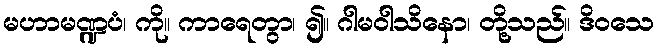
မဟာမဏ္ဍပံ၊ ကို။ ကာရေတွာ၊ ၍။ ဂါမဝါသိနော၊ တို့သည်။ ဒိဝသေ